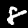
Digit: 8